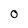
Character: 0